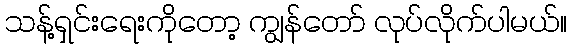
သန့်ရှင်းရေးကိုတော့ ကျွန်တော် လုပ်လိုက်ပါမယ်။